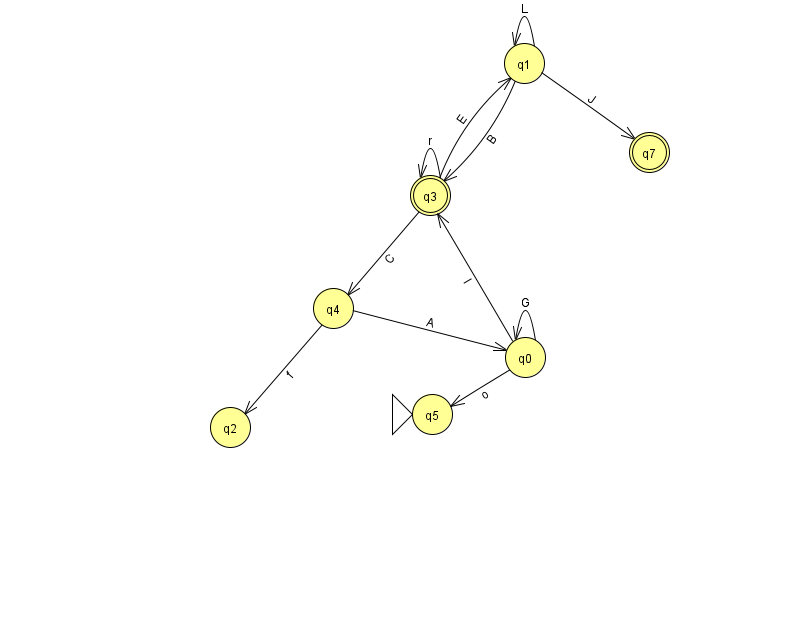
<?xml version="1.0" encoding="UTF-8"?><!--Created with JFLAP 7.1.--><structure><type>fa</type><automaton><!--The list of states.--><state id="0" name="q0"><x>525.0</x><y>344.0</y></state><state id="1" name="q1"><x>524.0</x><y>50.0</y></state><state id="2" name="q2"><x>230.0</x><y>414.0</y></state><state id="3" name="q3"><x>430.0</x><y>182.0</y><final/></state><state id="4" name="q4"><x>333.0</x><y>295.0</y></state><state id="5" name="q5"><x>432.0</x><y>401.0</y><initial/></state><state id="7" name="q7"><x>649.0</x><y>139.0</y><final/></state><!--The list of transitions.--><transition><from>4</from><to>2</to><read>f</read></transition><transition><from>3</from><to>3</to><read>r</read></transition><transition><from>0</from><to>0</to><read>G</read></transition><transition><from>3</from><to>1</to><read>E</read></transition><transition><from>0</from><to>3</to><read>l</read></transition><transition><from>1</from><to>1</to><read>L</read></transition><transition><from>3</from><to>4</to><read>C</read></transition><transition><from>0</from><to>5</to><read>o</read></transition><transition><from>4</from><to>0</to><read>A</read></transition><transition><from>1</from><to>3</to><read>B</read></transition><transition><from>1</from><to>7</to><read>J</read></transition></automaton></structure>